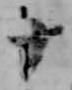
十